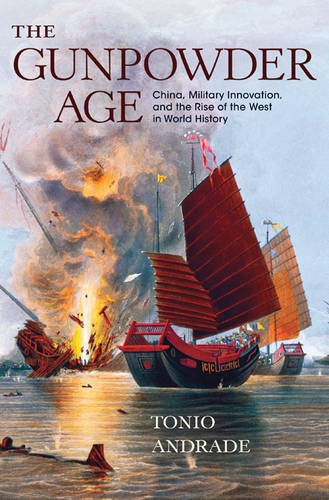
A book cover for The Gunpowder Age: China, Military Innovation, and the Rise of the West in World History; Tonio Andrade; History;